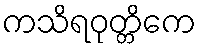
ကသိရဝုတ္တိကေ